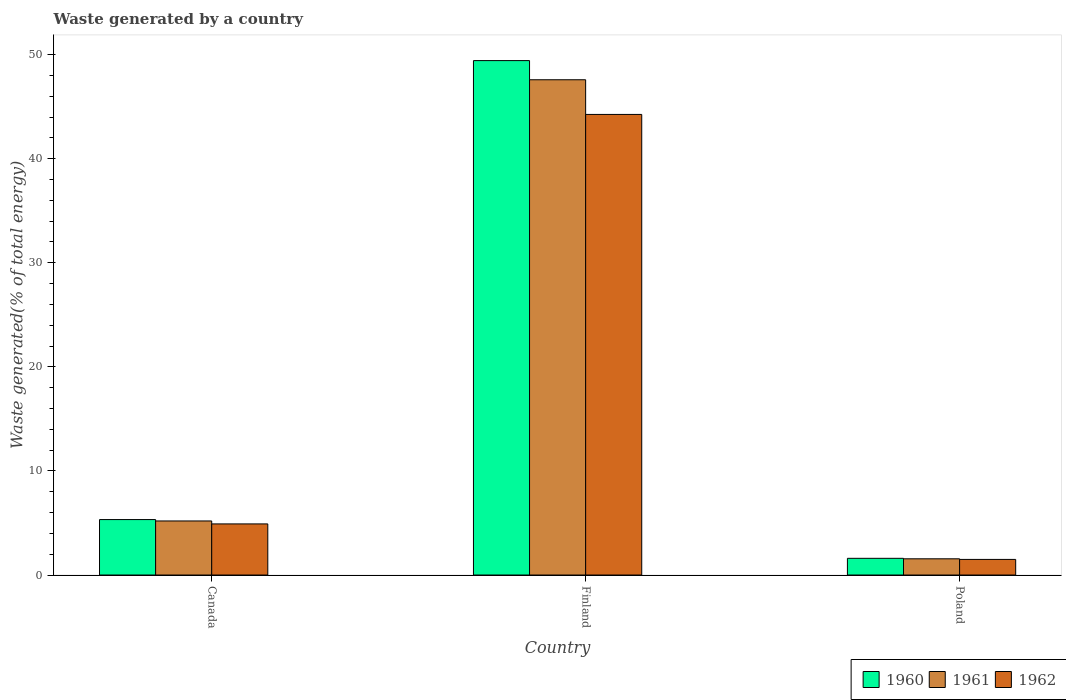
| Country | 1960 | 1961 | 1962 |
 | --- | --- | --- | --- |
 | Canada | 5.33 | 5.19 | 4.91 |
 | Finland | 49.4 | 47.6 | 44.3 |
 | Poland | 1.6 | 1.56 | 1.5 |